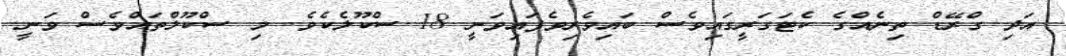
އަދި ގްރޭޑް ތިނެއްގެ ކެޓަގަރީގައިވެސް ބައިވެރިވެފައިވަނީ 18 ސްކޫލެކެވެ. މި ސްކޫލްތައްވެސް ވަނީ